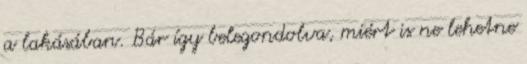
a lakásában. Bár így belegondolva, miért is ne lehetne